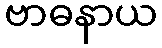
ဗာဓနာယ